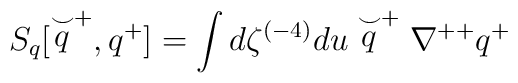
S_q[\stackrel{\smile}{q}^+,q^+]=\int d\zeta^{(-4)}du\stackrel{\smile}{q}^+\nabla^{++}q^+